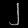
Digit: ၂